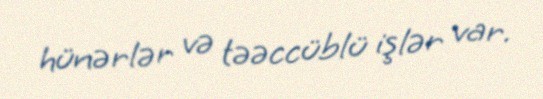
hünərlər və təəccüblü işlər var.